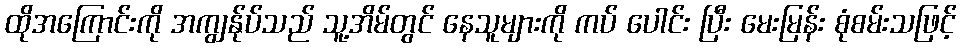
ထိုအကြောင်းကို အကျွန်ုပ်သည် သူ့အိမ်တွင် နေသူများကို ကပ် ပေါင်း ပြီး မေးမြန်း စုံစမ်းသဖြင့်